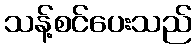
သန့်စင်ပေးသည်